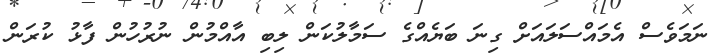
ނަމަވެސް އެމައްސަލައަށް ގިނަ ބަޔެއްގެ ސަމާލުކަން ލިބި އާއްމުން ނުރުހުން ފާޅު ކުރަން